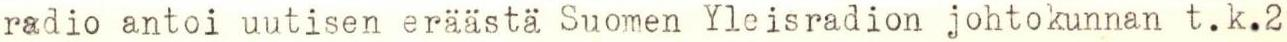
radio antoi uutisen eräästä Suomen Yleisradion johtokunnan t.k.2